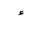
Letter: _hamza